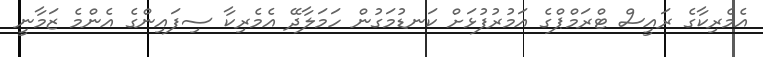
އެމެރިކާގެ ރައީސް ޓްރަމްޕްގެ އަމުރުފުޅަށް ކަނޑުމަގުން ހަމަލާދޭ އެމެރިކާ ސިފައިންގެ އެންމެ ޒަމާނީ